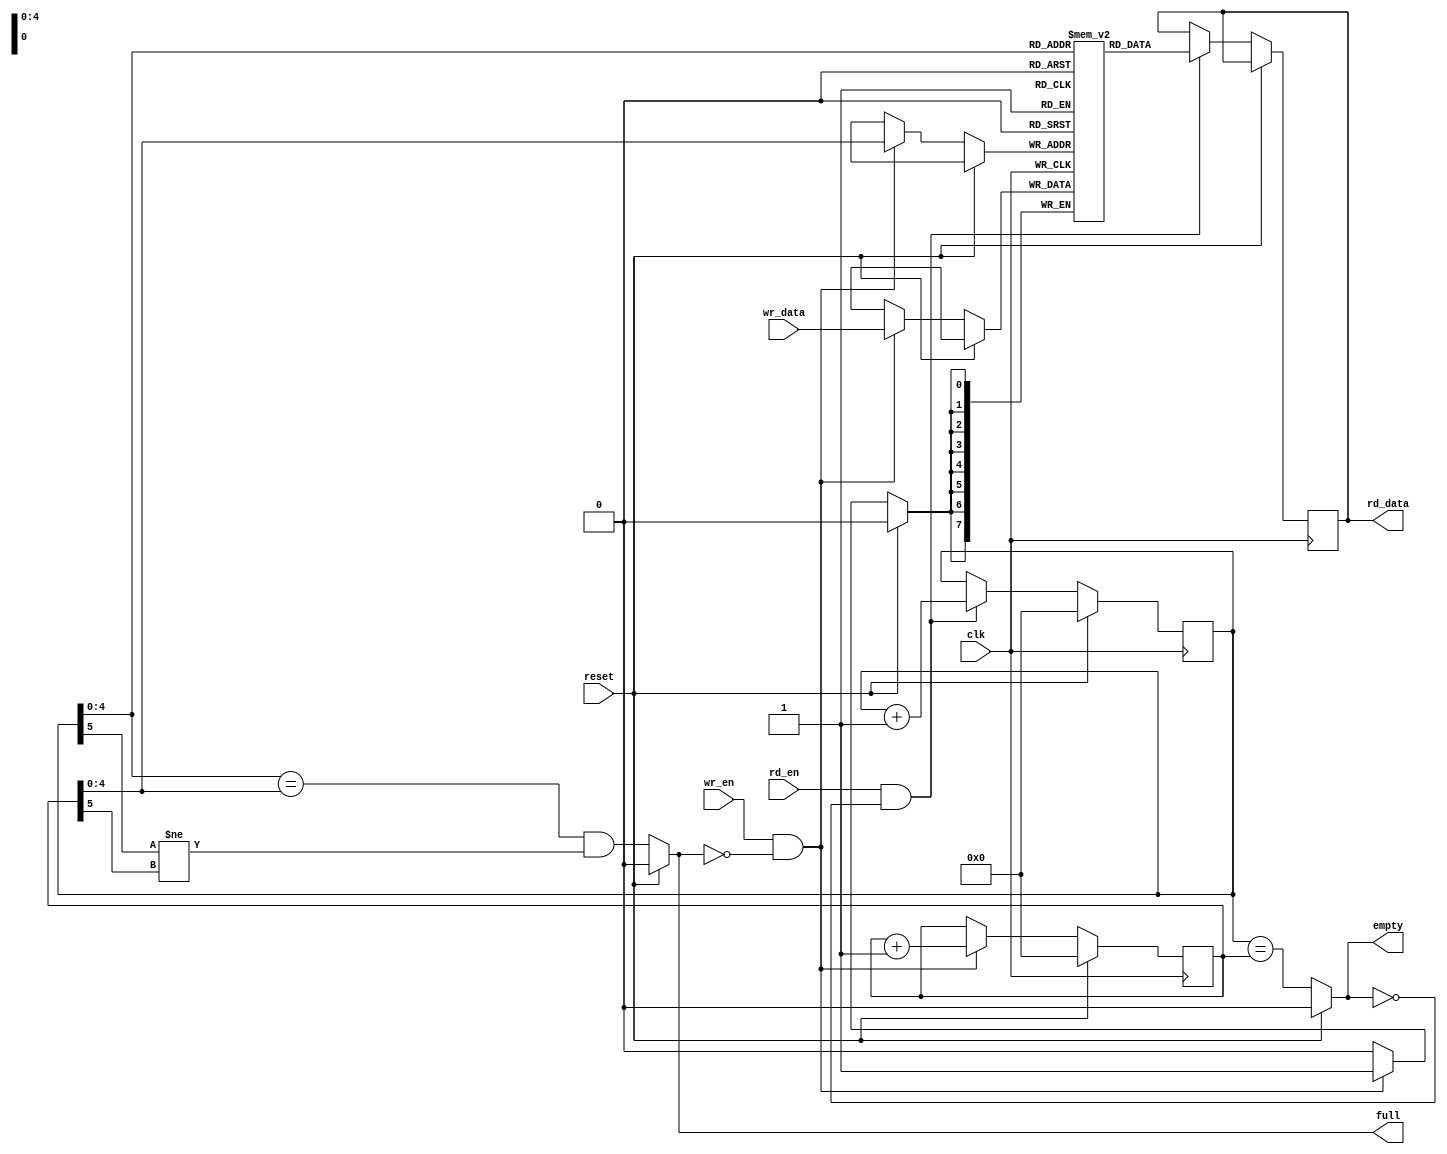
module fifo #(
    parameter data_width=8,
    parameter depth_width=5
    )
    (
    input clk,
    input reset,
    /* read */
    input rd_en,
    output reg [data_width-1:0] rd_data,
    /* write */
    input wr_en,
    input [data_width-1:0] wr_data,
    /* fifo */
    output full,
    output empty
    );

    /* fifo memory */
    (* RAM_STYLE="BLOCK" *)
    reg [data_width-1:0] memory[(1<<depth_width)-1:0];

    /* read and write heads */
    localparam head_width = log2(1<<depth_width);
    reg [head_width:0] rd_head='h0, wr_head='h0;

    /* fifo state
     *
     * The read and write heads are 1 bit larger than that needed to address the memory,
     * the top bit is used to indicate the sign of the head, so we can always tell where
     * the heads are relative to each other. Without this, both full and empty fifos would
     * look the same. The checking for full and empty, therefore, checks both the sign and
     * counter.
     */
    assign empty=reset?1'h0:(rd_head==wr_head);
    assign full=reset?1'h0:((rd_head[head_width-1:0]==wr_head[head_width-1:0])&&(rd_head[head_width]!=wr_head[head_width]));

    /* write */
    always @(posedge clk)
    begin
        if(reset)
            wr_head<=0;
        else if(wr_en && !full)
        begin
            /* write data to fifo */
            memory[wr_head[head_width-1:0]]<=wr_data;
            /* increment head */
            wr_head<=wr_head+1'b1;
        end
    end

    /* read */
    always @(posedge clk)
    begin
        if(reset)
            rd_head<=0;
        else if(rd_en && !empty)
        begin
            /* read data from fifo */
            rd_data<=memory[rd_head[head_width-1:0]];
            /* increment head */
            rd_head<=rd_head+1'b1;
        end
    end

    /* this function is only used during synthesis */
    function integer log2(input integer n);
        integer i;
        begin
            log2=1;
            for(i=0; 2**i<n; i=i+1)
                log2=i+1;
        end
    endfunction
endmodule